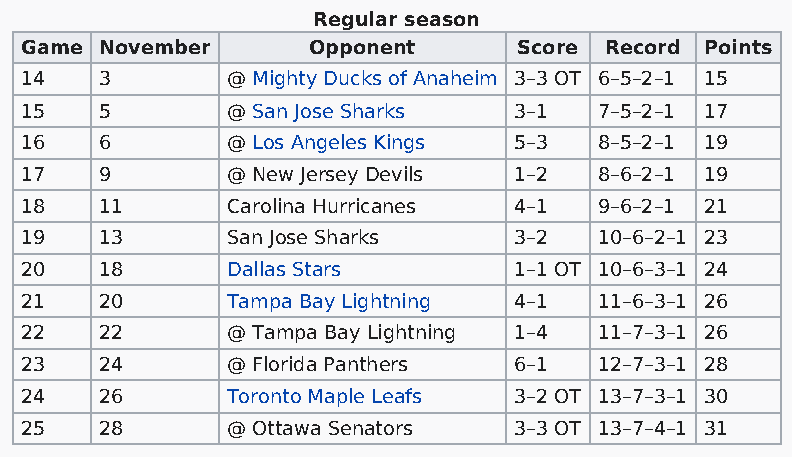
Regular season
 Game  November     Opponent      Score Record Points
 14    3       @ Mighty Ducks of Anaheim 3–3 OT 6–5–2–1 15
 15    5       @ San Jose Sharks  3–1   7–5–2–1 17
 16    6       @ Los Angeles Kings 5–3  8–5–2–1 19
 17    9       @ New Jersey Devils 1–2  8–6–2–1 19
 18    11      Carolina Hurricanes 4–1  9–6–2–1 21
 19    13      San Jose Sharks    3–2   10–6–2–1 23
 20    18      Dallas Stars       1–1 OT 10–6–3–1 24
 21    20      Tampa Bay Lightning 4–1  11–6–3–1 26
 22    22      @ Tampa Bay Lightning 1–4 11–7–3–1 26
 23    24      @ Florida Panthers 6–1   12–7–3–1 28
 24    26      Toronto Maple Leafs 3–2 OT 13–7–3–1 30
 25    28      @ Ottawa Senators  3–3 OT 13–7–4–1 31